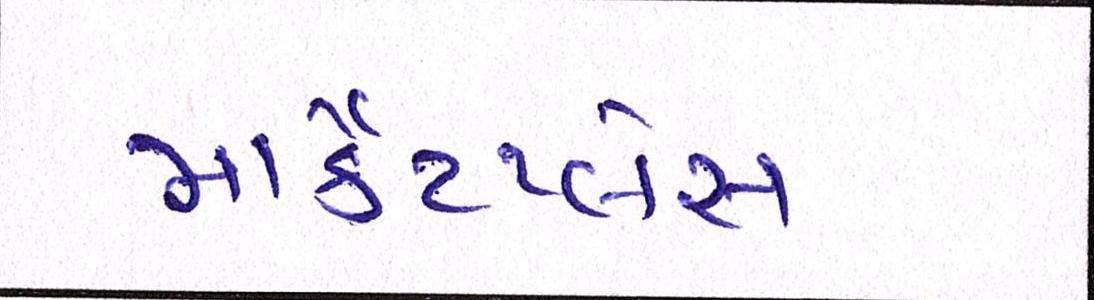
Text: માર્કેટપ્લેસ